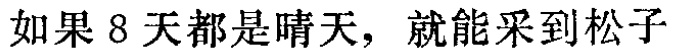
如果 8 天都是晴天，就能采到松子